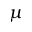
\mu